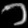
Digit: ၁